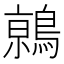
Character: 𬷦